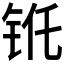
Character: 𮸁